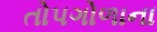
તોપગોળાના